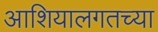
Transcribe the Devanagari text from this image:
आशियालगतच्या